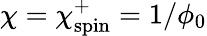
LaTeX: \chi=\chi_{\mathrm{spin}}^{+}=1/\phi_{0}